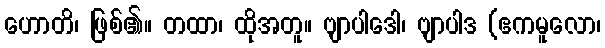
ဟောတိ၊ ဖြစ်၏။ တထာ၊ ထိုအတူ။ ဗျာပါဒေါ၊ ဗျာပါဒ (ဧကမူလော၊